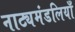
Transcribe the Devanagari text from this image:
नाट्यमंडलियाँ